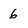
Character: 6